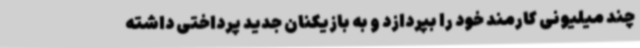
چند میلیونی کارمند خود را بپردازد و به بازیکنان جدید پرداختی داشته